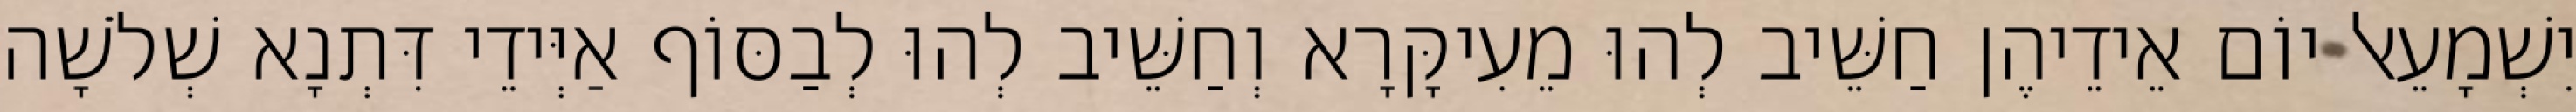
יִשְׁמָעֵאל יוֹם אֵידֵיהֶן חַשֵּׁיב לְהוּ מֵעִיקָּרָא וְחַשֵּׁיב לְהוּ לְבַסּוֹף אַיְּידֵי דִּתְנָא שְׁלֹשָׁה